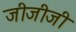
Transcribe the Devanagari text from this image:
जीजीजी